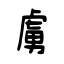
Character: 虜